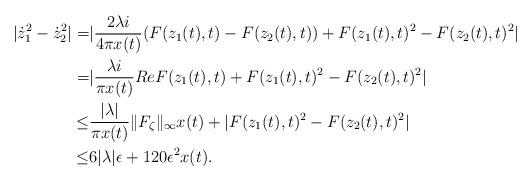
LaTeX: \begin{align*}|\dot{z}_1^2-\dot{z}_2^2|=&|\frac{2\lambda i}{4\pi x(t)}(F(z_1(t),t)-F(z_2(t),t))+F(z_1(t),t)^2-F(z_2(t),t)^2|\\=&|\frac{\lambda i}{\pi x(t)}Re F(z_1(t),t)+F(z_1(t),t)^2-F(z_2(t),t)^2|\\\leq & \frac{|\lambda|}{\pi x(t)}\|F_{\zeta}\|_{\infty}x(t)+|F(z_1(t),t)^2-F(z_2(t),t)^2|\\\leq &6|\lambda| \epsilon+120\epsilon^2x(t).\end{align*}